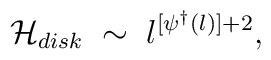
{\cal H}_{disk} \;\sim\; l^{[\psi^{\dagger}(l)] + 2},